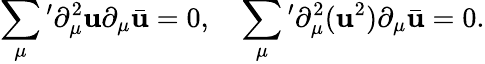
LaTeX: \sum_{\mu}{}^{\prime}\partial_{\mu}^{2}\mathbf{u}\partial_{\mu}\bar{{\mathbf{u}}}=0,\quad\sum_{\mu}{}^{\prime}\partial_{\mu}^{2}(\mathbf{u}^{2})\partial_{\mu}\bar{{\mathbf{u}}}=0.